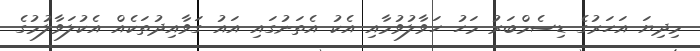
މިދިޔަ އަހަރުގެ ޑިސެމްބަރު މަހު ހަވާލުވުމާއި އެކު އެތަނުގައި އައު ގަވާއިދުުތަކެއް އެކުލަވާލުމުގެ